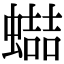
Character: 𧑱